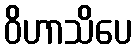
ဝိဟာသိပေ